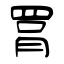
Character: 罥